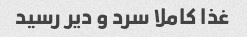
غذا کاملا سرد و دیر رسید